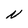
Character: N